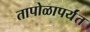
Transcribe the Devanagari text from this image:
तापोळापर्यंत